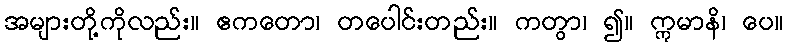
အများတို့ကိုလည်း။ ဧကတော၊ တပေါင်းတည်း။ ကတွာ၊ ၍။ ဣမာနိ၊ ပေ။